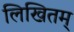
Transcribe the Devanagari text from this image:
लिखितम्